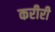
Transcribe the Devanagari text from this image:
करीरी